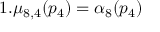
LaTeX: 1 . \mu _ { 8 , 4 } ( p _ { 4 } ) = \alpha _ { 8 } ( p _ { 4 } )